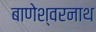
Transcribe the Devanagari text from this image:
बाणेश्वरनाथ